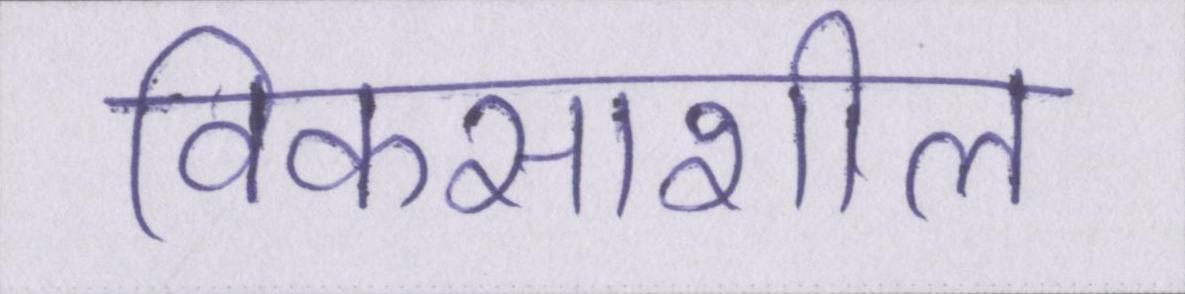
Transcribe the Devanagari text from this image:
विकसाशील